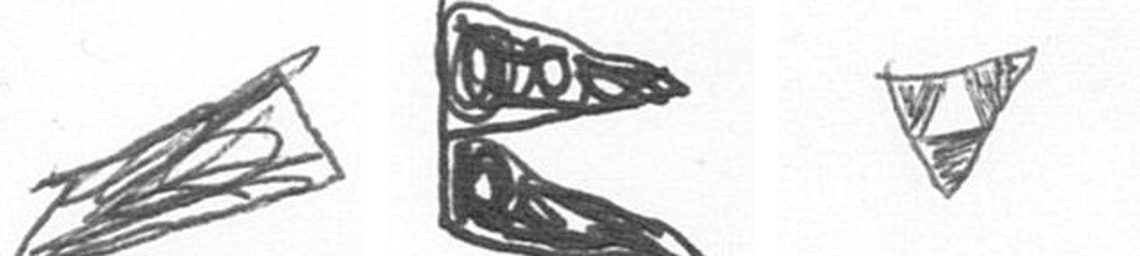
O P S